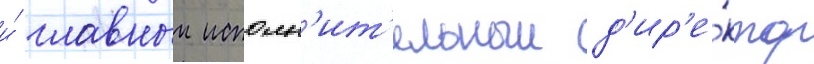
и́ главныи исполн'ит'ельныи д'ир'е́ктор